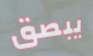
يبصق